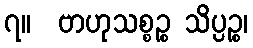
၇။  ဗာဟုသစ္စဉ္စ သိပ္ပဉ္စ၊